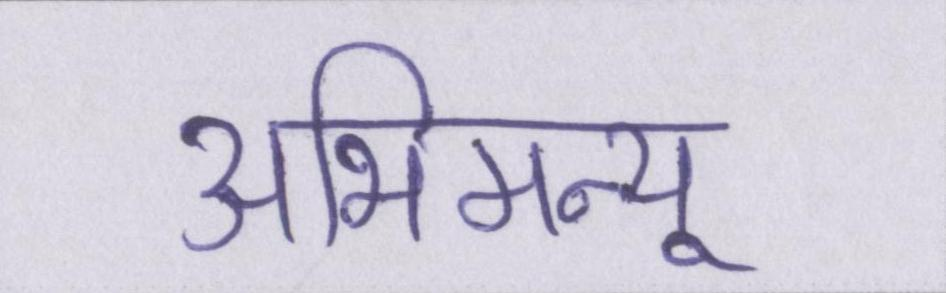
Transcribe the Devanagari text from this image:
अभिमन्यू